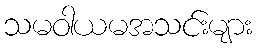
သမဝါယမအသင်းများ